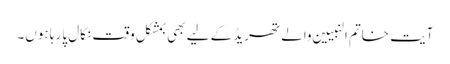
آیت خاتم النبیین والے تھریڈ کے لیے بھی بمشکل وقت نکال پا رہا ہوں۔